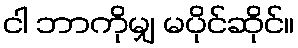
ငါ ဘာကိုမျှ မပိုင်ဆိုင်။